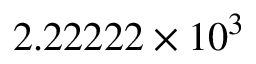
2 . 2 2 2 2 2 \times 1 0 ^ { 3 }